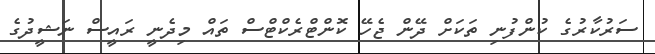
ސަރުކާރުގެ ކުންފުނި ތަކަށް ދޭން ޖެހޭ ކޮންޓްރެކްޓްސް ތައް މިދެނީ ރައީސް ނަޝީދުގެ